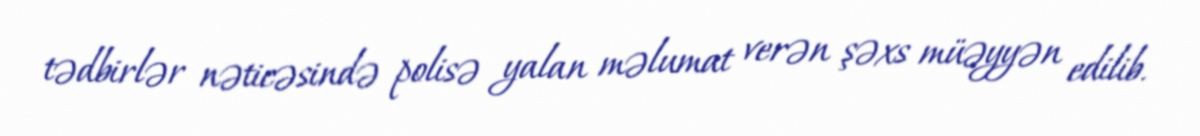
tədbirlər nəticəsində polisə yalan məlumat verən şəxs müəyyən edilib.